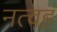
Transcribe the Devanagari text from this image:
नत्वहं